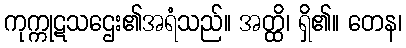
ကုက္ကုဋသဌေး၏အရံသည်။ အတ္ထိ၊ ရှိ၏။ တေန၊